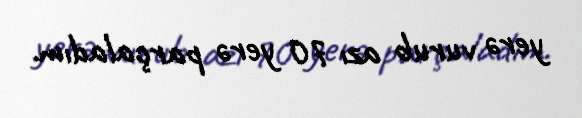
yerə vurub azı 70 yerə parçaladım.